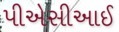
પીએસીઆઈ